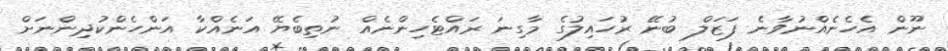
ނޫން އެހެނެއްނުވާނެ ފަޒަލް ބުނޭ ރުހައިލުގެ މާގިނަ ރައްޓެހިންނެއް ނުތިބެޔޭ އަނެއްކާ އަންހެންކުދިންނަށް